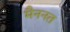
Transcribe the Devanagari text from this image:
मैननत